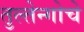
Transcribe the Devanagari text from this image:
तुल्तेन्गोचे